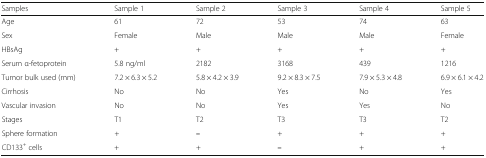
<table><thead><tr><td><b>Samples</b></td><td><b>Sample 1</b></td><td><b>Sample 2</b></td><td><b>Sample 3</b></td><td><b>Sample 4</b></td><td><b>Sample 5</b></td></tr></thead><tbody><tr><td>Age</td><td>61</td><td>72</td><td>53</td><td>74</td><td>63</td></tr><tr><td>Sex</td><td>Female</td><td>Male</td><td>Male</td><td>Male</td><td>Female</td></tr><tr><td>HBsAg</td><td>+</td><td>+</td><td>+</td><td>+</td><td>+</td></tr><tr><td>Serum α-fetoprotein</td><td>5.8 ng/ml</td><td>2182</td><td>3168</td><td>439</td><td>1216</td></tr><tr><td>Tumor bulk used (mm)</td><td>7.2 × 6.3 × 5.2</td><td>5.8 × 4.2 × 3.9</td><td>9.2 × 8.3 × 7.5</td><td>7.9 × 5.3 × 4.8</td><td>6.9 × 6.1 × 4.2</td></tr><tr><td>Cirrhosis</td><td>No</td><td>No</td><td>Yes</td><td>No</td><td>Yes</td></tr><tr><td>Vascular invasion</td><td>No</td><td>No</td><td>Yes</td><td>Yes</td><td>No</td></tr><tr><td>Stages</td><td>T1</td><td>T2</td><td>T3</td><td>T3</td><td>T2</td></tr><tr><td>Sphere formation</td><td>+</td><td><b>–</b></td><td>+</td><td>+</td><td>+</td></tr><tr><td>CD133<sup>+</sup> cells</td><td>+</td><td>+</td><td><b>–</b></td><td>+</td><td>+</td></tr></tbody></table>